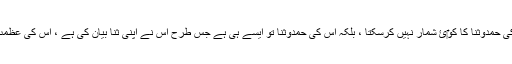
اللہ تعالی بہت واسع صفات و حمد اس کے متعلقات والا ہے ، وہ اس طرح کہ اس کی حمدوثنا کا کو‎ئ شمار نہیں کرسکتا ، بلکہ اس کی حمدوثنا تو ایسے ہی ہے جس طرح اس نے اپنی ثنا بیان کی ہے ، اس کی عظمت وسیع ہے اور رہ واسع فضل و احسان والا ہے اوروہ عظیم کرم سخاوت والا ہے ۔